Resolution. No. 1369 Ex.
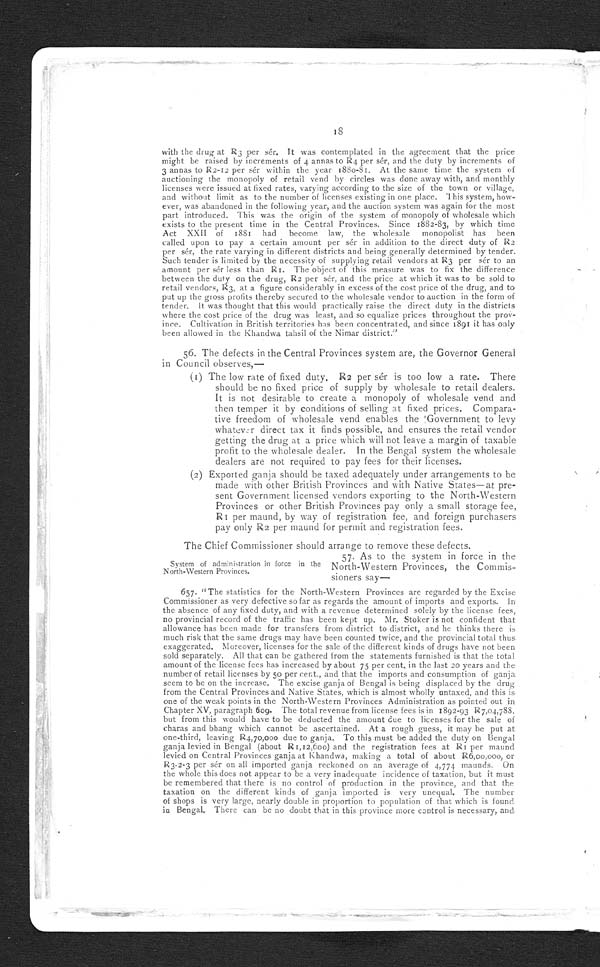
19
some measures are urgently required for reducing the taxation of the different kinds of
ganja which are brought into the province to some kind of uniformity. The need of
remodelling the system has been fully recognised by the officers in charge of the excise;
and the proposals of the Excise Commissioner, which have the support of the Member of
the Board of Revenue in charge of excise, include the following measures:—
(1) Prohibition of cultivation except under license.
(2) Prohibition of manufacture of ganja.
(3) Establishment of bonded warehouses, with control of storage and issue of
ganja."
58. In these proposals the Commissioners agree and the Governor General
in Council is willing to accept them. The Commissioners add that it is
proposed to levy an import duty of at first from R 50 to R80 per maund
on pathar ganja from the Central Provinces and Native States, to be in-
creased by degrees. The Commissioners hold that it is better that the drugs
should be taxed at the source of supply, and that in this case no import
duty is necessary; and in this view the Governor General in Council concurs.
59.
In Madras the only system which exists in regard to the hemp drugs
System of administration in force in Madras,
consists in the restriction of the sale of
these drugs to licensed vendors, and no limit
of retail sale has been fixed. Cultivation is not controlled, and cultivators are
not required to take out licenses. The manufacture and storage of ganja is
under no supervision, and though the Madras Act contains full provisions regard-
ing the import and export of drugs, these provisions have not been carried into
operation in spite of the facts that export to Calcutta by sea has been proved to
exist, and that there are illegal exports from Madras to Burma.
6o. In Bombay the system of administration is somewhat more formu-
lated, and the law in force is thus stated
System of administration in force in Bombay.
by the Commission:—
625. "The system of administration is based upon the Bombay Act V of 1878, and
rules and notifications thereunder. The principal provisions are as follows
:—
Import of intoxicating drugs into any part of the Presidency is prohibited save under
permit and after payment of duty, if any. If the drugs have paid customs duty, this pro--
vision does not apply (section 9).
Export is prohibited save under the same conditions. This provision does not apply
to drugs imported by sea, the export of which is permitted on payment of any fee or
duty, if any, leviable by law on its transhipment or exportation (section 10).
Transport of any quantity of intoxicating drugs exceeding 40 tolas is prohibited save
under permit (section 12).
Manufacture is prohibited save under license (section 14).
Sale is prohibited save under license: provided that no such license is necessary for
the sale by a cultivator or owner of any plant from which an intoxicating drug is produced
of those portions of the plant from which the intoxicating drug is manufactured or pro-
- d u c e d t o a l i c e n s e d v e n d o r , m a n u f a c t u r e r , o r e x p o r t e r ( s e c t i o n 16
) .
The maximum quantity which may be sold by retail at one time or to one and the same
person in the aggregate on any one day within any defined local area or place is half an
Indian sér or 40 tolas (section 17 and notifications thereunder).
Whenever a license is granted for the manufacture or sale of any intoxicating drug,
and whenever the import, export, transport, or removal from place to place of any
intoxicating drug is permitted, such duty shall be levied as the Collector, acting under the
general or special order of Government, thinks fit (section 27).
Under this section notifications have been issued a
prescri bi ng t hat t he dut y l evi abl e
on account of a license for the joint privileges of manufacture and retail sale of intoxicating
drugs shall be fixed by the Collector, who, before granting any such license, shall put up
the said privileges to auction.
For a permit for the import or export of any intoxicating drug, or for its transport
between any two places not situated within the same district, duty subject to certain
exemptions is levied at the following rate:—
If the amount does not exceed to Indian maunds
.
.
.
.
. . .
For every additional 2 Indian maunds or fraction thereof .
. . . . .
•
Every license, permit or pass granted under the Act is granted—
(a) on payment of such fees, if any,
(b) for such period,
(c) subject to such restrictions and on such conditions, and
(d) shall be in such form and contain such particulars as Government directs
(section 30),"